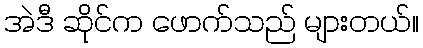
အဲဒီ ဆိုင်က ဖောက်သည် များတယ်။